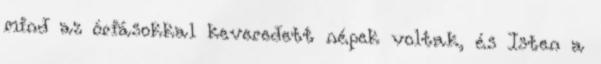
mind az óriásokkal keveredett népek voltak, és Isten a